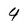
Character: 4